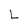
Character: L